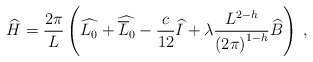
\begin{align*}\widehat{H}=\displaystyle\frac{2\pi }{L}\left( \widehat{L_{0}}+\widehat{\overline{L}_{0}}-\displaystyle\frac{c}{12}\widehat{I}+\lambda \displaystyle\frac{L^{2-h}}{\left( 2\pi \right) ^{1-h}}\widehat{B}\right) \: ,\end{align*}